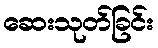
ဆေးသုတ်ခြင်း